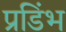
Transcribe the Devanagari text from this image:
प्रडिंभ